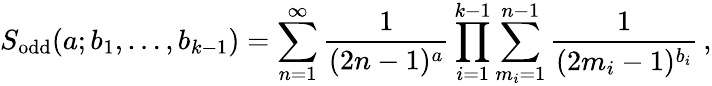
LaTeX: S_{\mathrm{odd}}(a;b_{1},\ldots,b_{k-1})=\sum_{n=1}^{\infty}\frac{1}{(2n-1)^{a}}\prod_{i=1}^{k-1}\sum_{m_{i}=1}^{n-1}\frac{1}{(2m_{i}-1)^{b_{i}}}\, ,